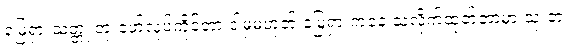
မြေရှားသတ္တု တူးဖော်လုပ်ကိုင်တာ ဒါမှမဟုတ် မြေရှားကနေ သံလိုက်ထုတ်တာမှာ သုံးတဲ့